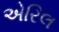
એરિલ